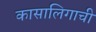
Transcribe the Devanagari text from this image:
कासालिगाची